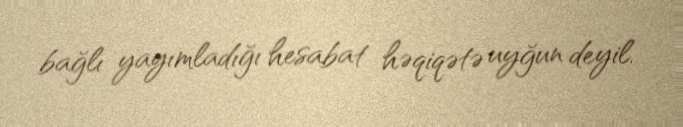
bağlı yayımladığı hesabat həqiqətə uyğun deyil.